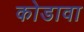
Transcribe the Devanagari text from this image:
कोडावा